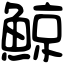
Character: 鯨